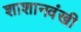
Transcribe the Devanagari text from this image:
शाशानवंखी